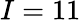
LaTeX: I=11